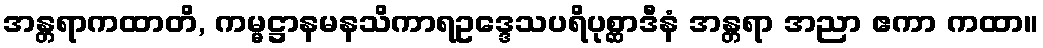
အန္တရာကထာတိ, ကမ္မဋ္ဌာနမနသိကာရဥဒ္ဒေသပရိပုစ္ဆာဒီနံ အန္တရာ အညာ ဧကာ ကထာ။